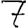
Digit: 7